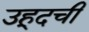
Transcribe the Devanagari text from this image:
उहूदची